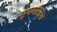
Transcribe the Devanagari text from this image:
सुगमरित्या